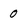
Character: 0